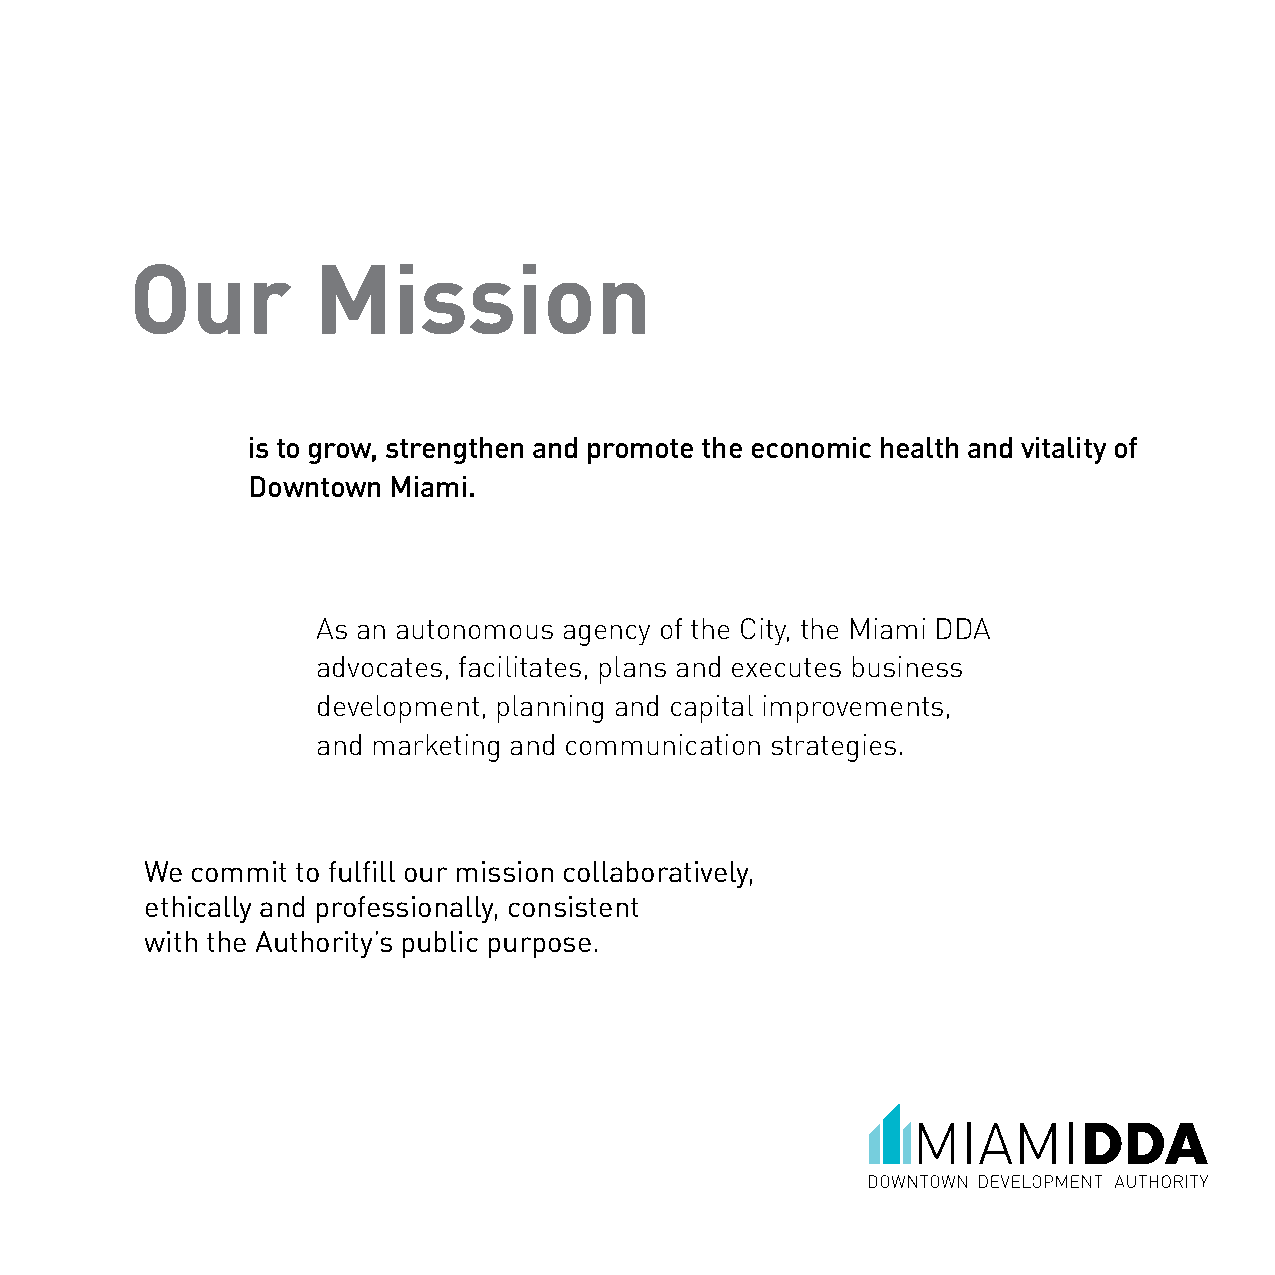
Our         Mission
 is to grow, strengthen and promote the economic health and vitality of
 Downtown  Miami.
 As an autonomous agency of the City, the Miami DDA
 advocates, facilitates, plans and executes business
 development, planning and capital improvements,
 and marketing and communication strategies.
 We commit to fulfill our mission collaboratively,
 ethically and professionally, consistent
 with the Authority’s public purpose.